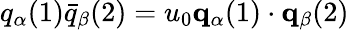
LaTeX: q_{\alpha}(1)\bar{q}_{\beta}(2)=u_{0}{\mathbf q}_{\alpha}(1)\cdot{\mathbf q}_{\beta}(2)